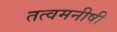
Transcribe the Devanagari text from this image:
तत्वमनीषी